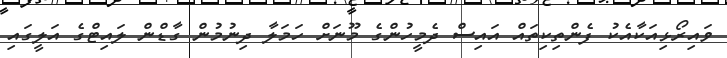
ވައިރޯޅިއަކާއެކު ފެންތިކިތައް އައިސް ދެމީހުންގެ މޫނަށް ހަމަލާ ދިނުމުން ގާޑްން ލައިޓްގެ އަލީގައި